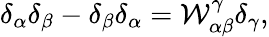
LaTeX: \delta_{\alpha}\delta_{\beta}-\delta_{\beta}\delta_{\alpha}=\mathcal{W}_{\alpha\beta}^{\gamma}\delta_{\gamma},